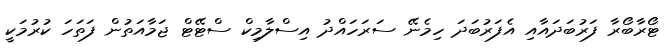
ޓޯރާބޯރާ ފަރުބަދައާއި އެފަރުބަދަ ހިމެނޭ ސަރަހައްދު އިސްލާމިކް ސްޓޭޓް ޖަމާއަތުން ފަތަހަ ކުރުމަކީ